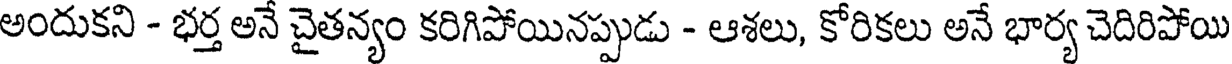
అందుకని - భర్త అనే చైతన్యం కరిగిపోయినప్పుడు - ఆశలు, కోరికలు అనే భార్య చెదిరిపోయి